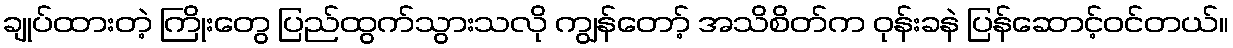
ချုပ်ထားတဲ့ ကြိုးတွေ ပြည်ထွက်သွားသလို ကျွန်တော့် အသိစိတ်က ဝုန်းခနဲ ပြန်ဆောင့်ဝင်တယ်။